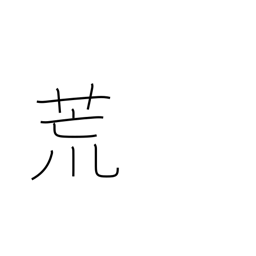
Meaning: laid waste